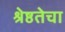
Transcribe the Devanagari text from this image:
श्रेष्ठतेचा